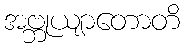
အဗ္ဘုယျာတောတိ